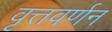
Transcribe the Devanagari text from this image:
वृत्तवर्णन